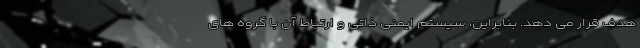
هدف قرار می دهد. بنابراین، سیستم ایمنی ذاتی و ارتباط آن با گروه های